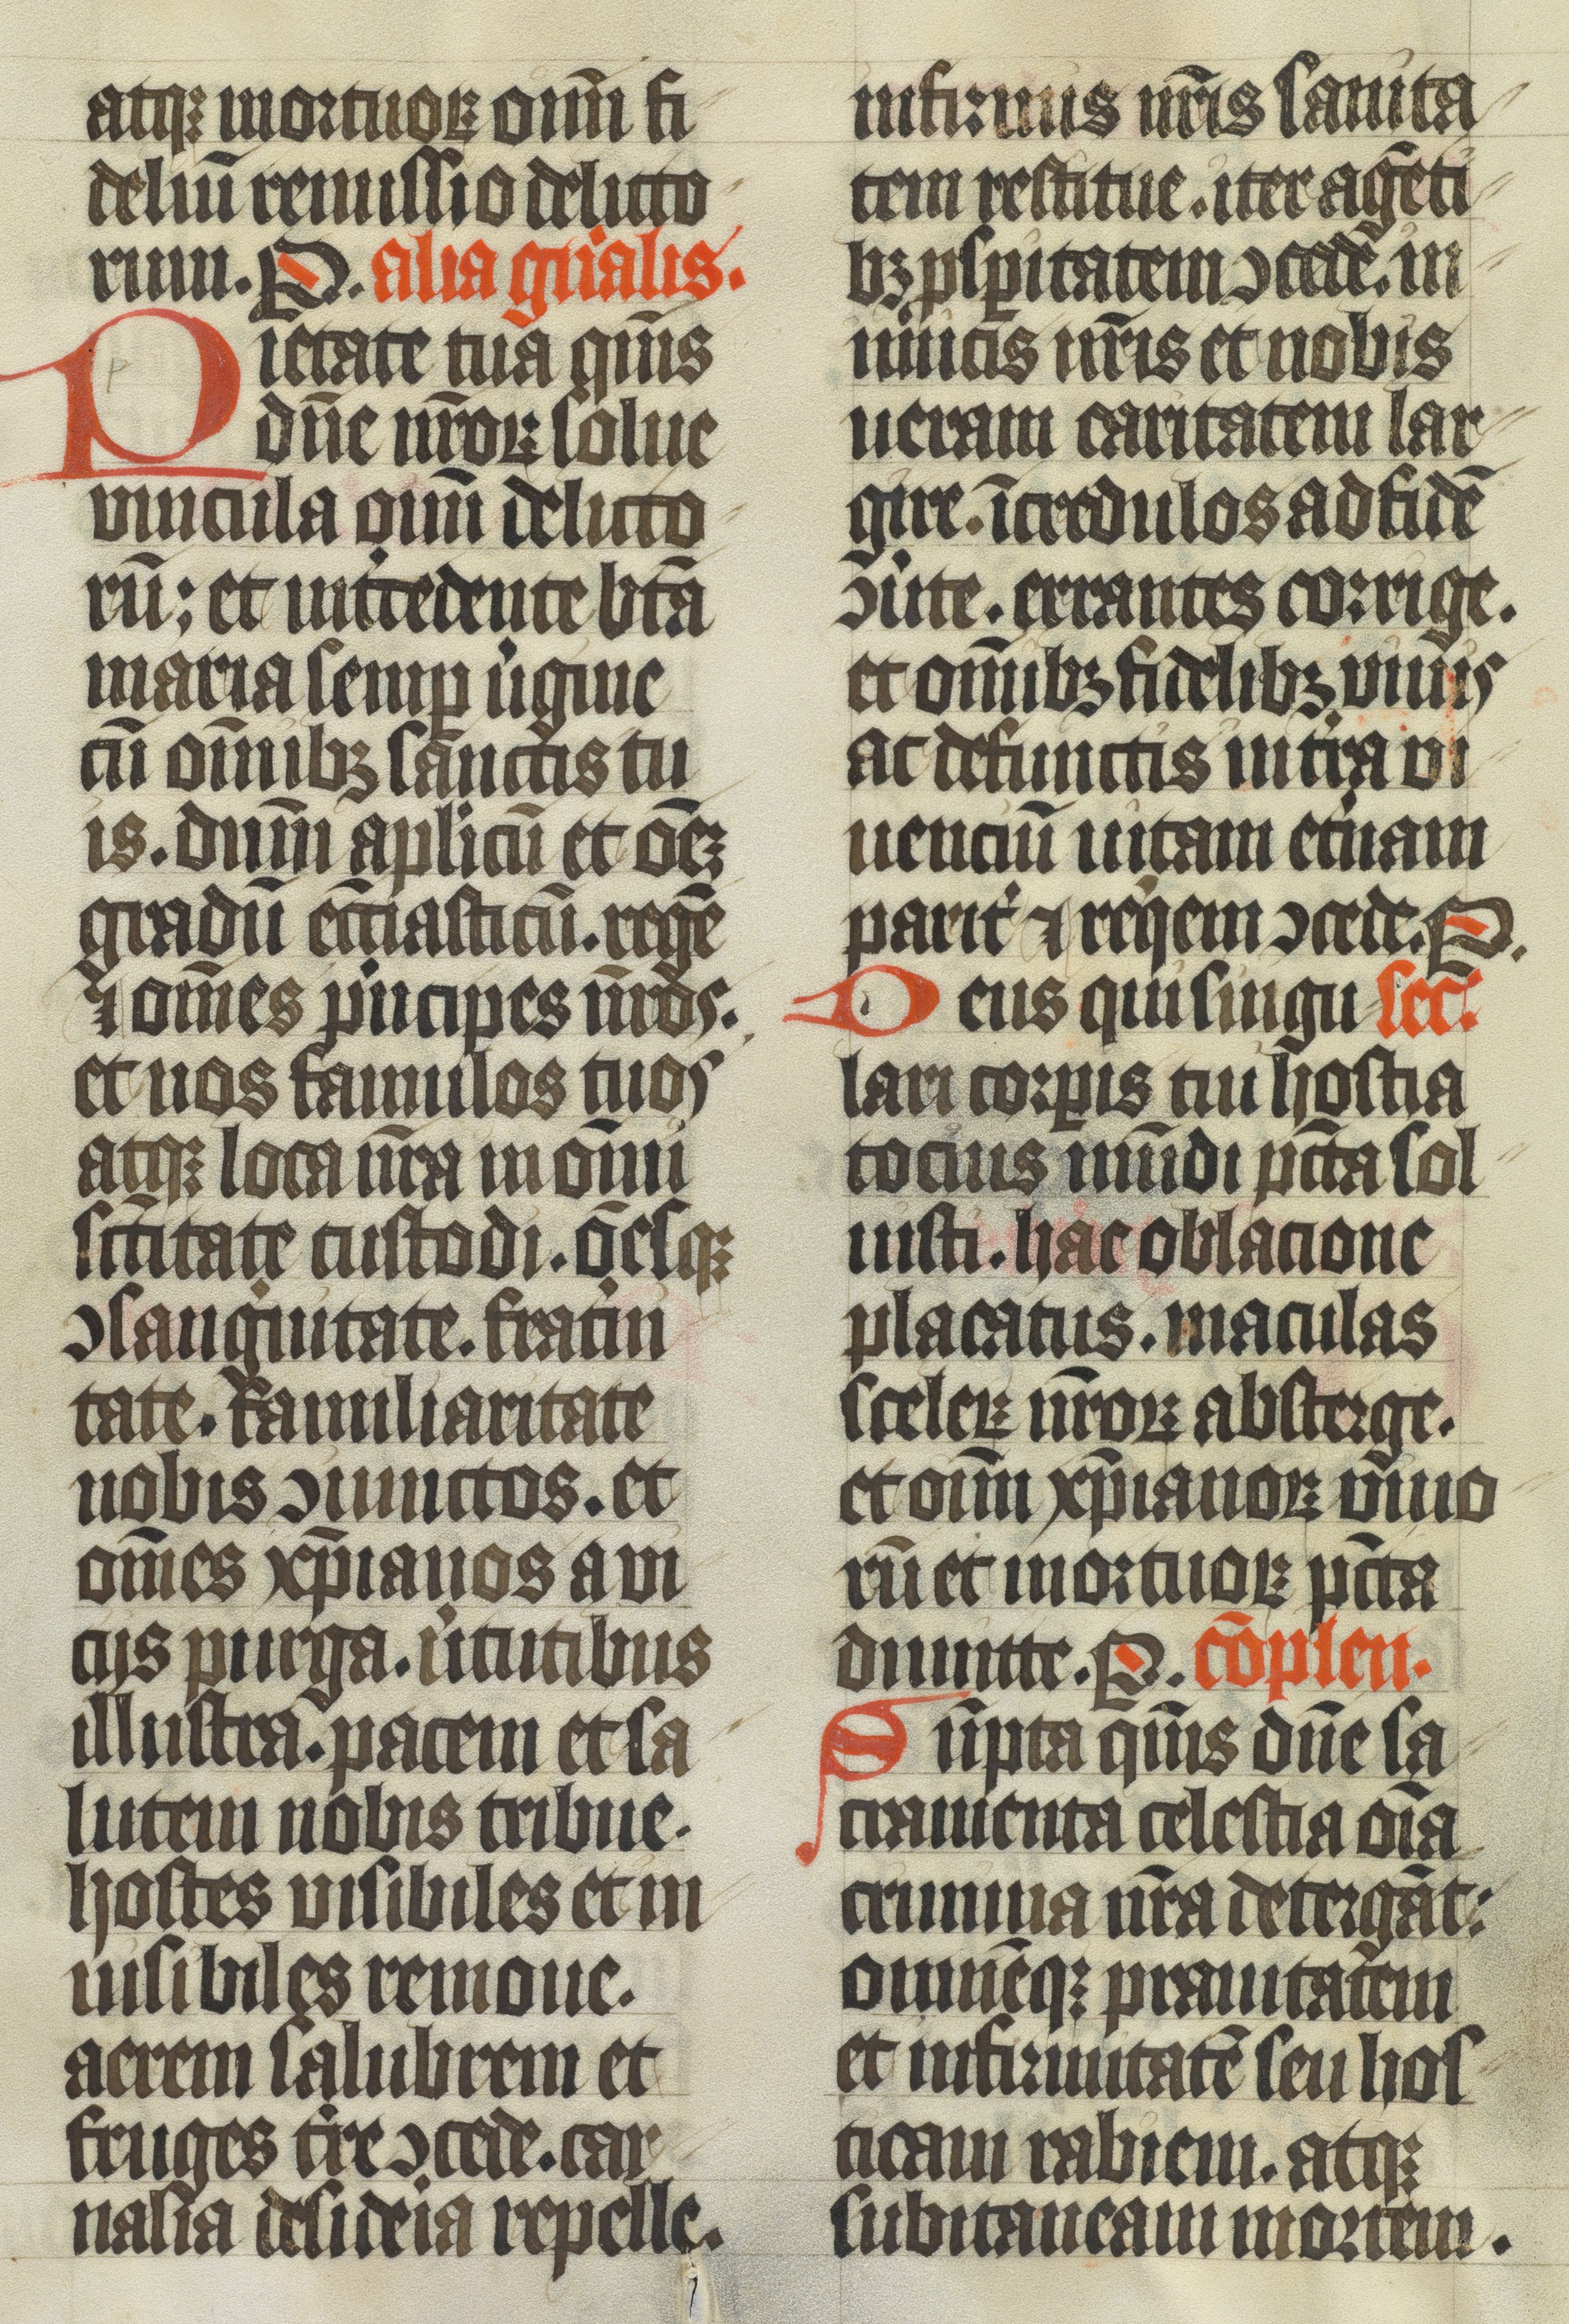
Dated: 1400–1499